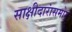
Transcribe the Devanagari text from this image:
साक्षीदारांसमोर